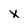
Character: x